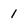
Character: 1